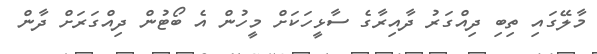
މާލޭގައި ތިބި ދިއްގަރު ދާއިރާގެ ސާޅީހަކަށް މީހުން އެ ބޯޓުން ދިއްގަރަށް ދާން